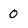
Character: 0